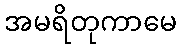
အမရိတုကာမေ